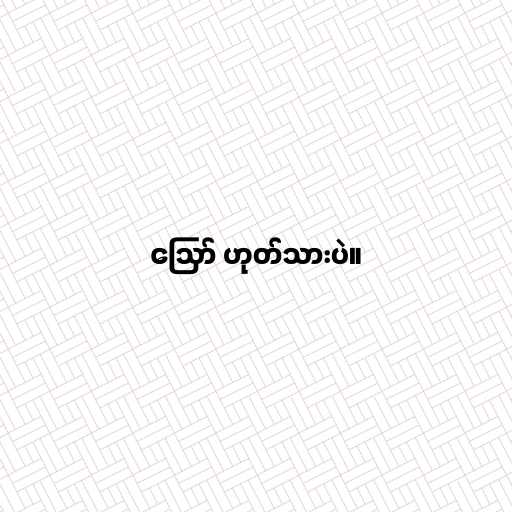
ဪ ဟုတ်သားပဲ။